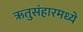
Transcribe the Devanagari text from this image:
ऋतुसंहारमध्ये